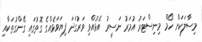
މިސާލަކަށް ހޯމް މިނިސްޓަރު އުމަރު ނަސީރު އެޅުއްވި ވަރުގަދަ ފިޔަވަޅެއްގެ ގޮތުގައި ގޭންގުތަކާއި